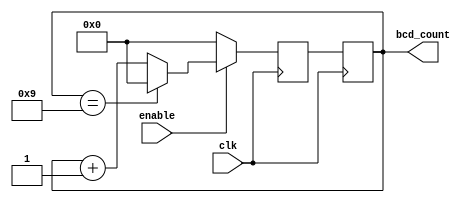
module BCD_Up_Counter_with_Enable (
    input wire clk,     // Clock signal
    input wire enable,  // Enable signal
    output reg [3:0] bcd_count // BCD count output
);

reg [3:0] next_count;

always @(posedge clk) begin
    if (enable) begin
        if (bcd_count == 4'b1001) begin
            next_count <= 4'b0000;
        end
        else begin
            next_count <= bcd_count + 1;
        end
    end
    else begin
        next_count <= 4'b0000;
    end
end

always @(posedge clk)
    bcd_count <= next_count;

endmodule